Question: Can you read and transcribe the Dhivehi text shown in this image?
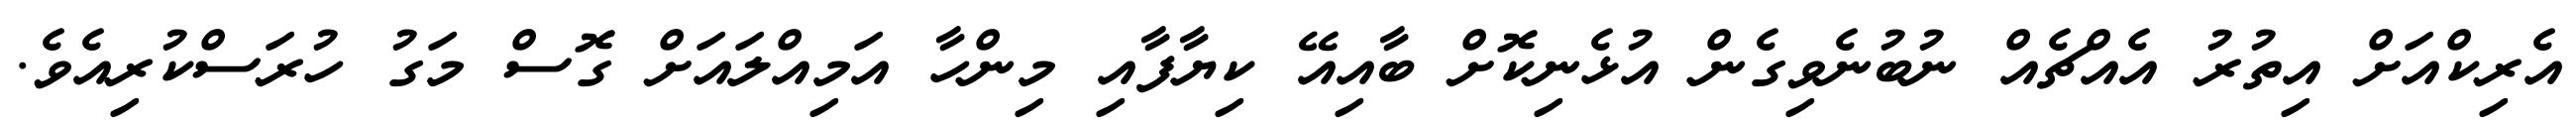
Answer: އެރިކްއަށް އިތުރު އެއްޗެއް ނުބުނެވިގެން އުޅެނިކޮށް ބާއިއޭ ކިޔާފާއި މިންހާ އަމިއްލައަށް ގޮސް މަގު ހުރަސްކުރިއެވެ.